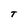
Character: T